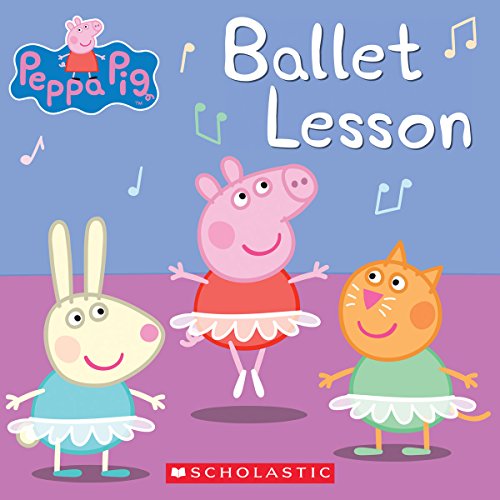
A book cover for Peppa Pig: Ballet Lesson; Elizabeth Schaefer; Children's Books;